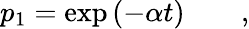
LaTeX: p_{1}=\exp{(-\alpha t)}\qquad,